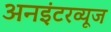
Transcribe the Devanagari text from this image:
अनइंटरव्यूज